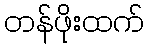
တန်ဖိုးထက်